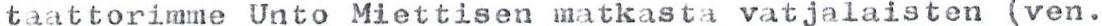
taattorimme Unto Miettisen matkasta vatjalaisten (ven.